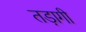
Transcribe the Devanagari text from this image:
तड़ागी